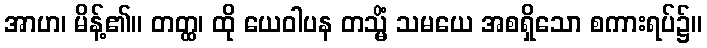
အာဟ၊ မိန့်၏။ တတ္ထ၊ ထို ယေဝါပန တသ္မိံ သမယေ အစရှိသော စကားရပ်၌။